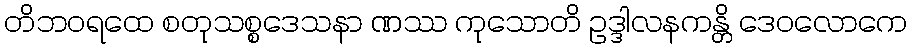
တိဘဝရထေ စတုသစ္စဒေသနာ ဏဿ ကုသောတိ ဥဒ္ဒါလနကန္တိ ဒေဝလောကေ